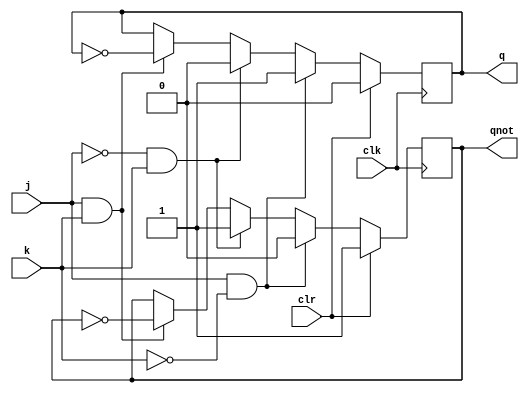
module jkff (output q, output qnot, input j, input k, input clk, input clr);
reg q, qnot;
initial begin : start
qnot=1;
end
always @(posedge clk )
if (clr)
begin
q=0;
qnot=1;
end
else
begin
if (j & ~k )
begin
q<=1; qnot<=0;
end
else
if(~j & k )
begin
q<=0; qnot<=1;
end
else
if (j & k )
begin
q<= ~q; qnot<= ~qnot;
end
end
endmodule